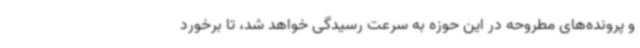
و پرونده‌های مطروحه در این حوزه به سرعت رسیدگی خواهد شد، تا برخورد